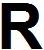
R